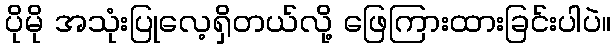
ပိုမို အသုံးပြုလေ့ရှိတယ်လို့ ဖြေကြားထားခြင်းပါပဲ။